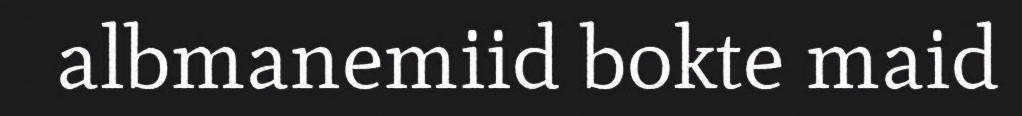
albmanemiid bokte maid